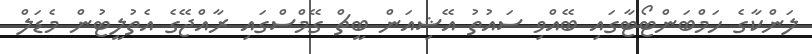
ލަންކާގެ ހަމްބަންޓޯޓާގައި ބޭއްވި ސައުތު އޭޝިއަން ބީޗް ގޭމްސްގައި ރާއްޖޭގެ އެތުލީޓުން މެޑަލް